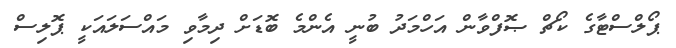
ޕޯލްސްޓާގެ ކޯޗް ޞޮފްވާން އަހްމަދު ބުނީ އެންމެ ބޮޑަށް ދިމާވި މައްސަލައަކީ ޕޮލިސް